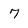
Character: 7